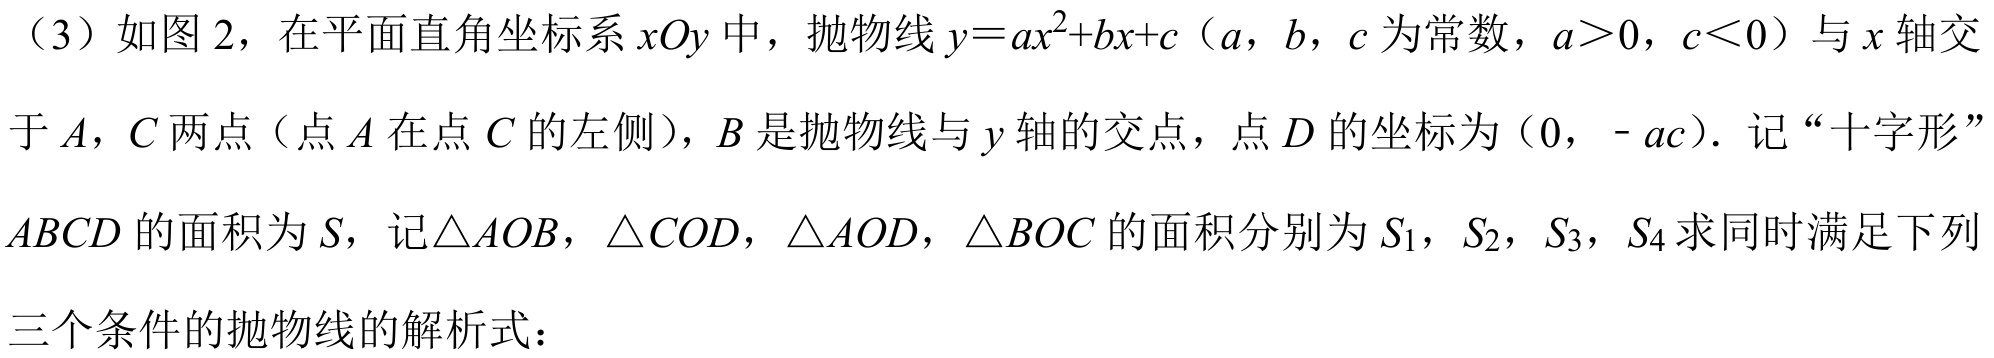
（3）如图 2，在平面直角坐标系\(xOy\)中，抛物线\(y = ax^{2}+bx + c\)（\(a\)，\(b\)，\(c\)为常数，\(a>0\)，\(c<0\)）与\(x\)轴交
于\(A\)，\(C\)两点（点\(A\)在点\(C\)的左侧），\(B\)是抛物线与\(y\)轴的交点，点\(D\)的坐标为（\(0\)，\(-ac\)）. 记“十字形”
\(ABCD\)的面积为\(S\)，记\(\triangle AOB\)，\(\triangle COD\)，\(\triangle AOD\)，\(\triangle BOC\)的面积分别为\(S_{1}\)，\(S_{2}\)，\(S_{3}\)，\(S_{4}\)求同时满足下列
三个条件的抛物线的解析式：